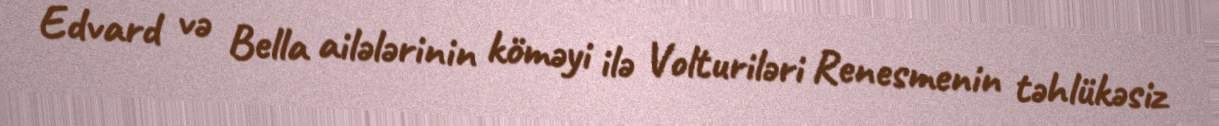
Edvard və Bella ailələrinin köməyi ilə Volturiləri Renesmenin təhlükəsiz